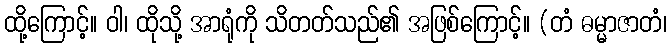
ထို့ကြောင့်။ ဝါ၊ ထိုသို့ အာရုံကို သိတတ်သည်၏ အဖြစ်ကြောင့်။ (တံ ဓမ္မာဇာတံ၊